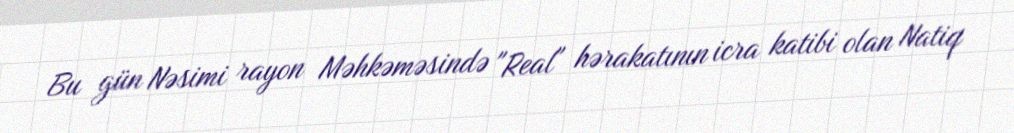
Bu gün Nəsimi rayon Məhkəməsində "Real" hərakatının icra katibi olan Natiq